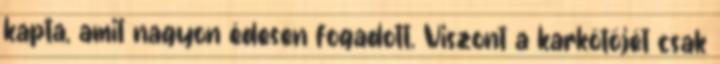
kapta, amit nagyon édesen fogadott. Viszont a karkötőjét csak